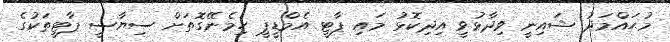
މުޙައްމަދު ޝައިނީ ވިދާޅުވީ އިދިކޮޅު މައި ޕާޓީ އެމްޑީޕީ ހިމެނޭގޮތަށް ސިޔާސީ ޕާޓީތަކުގެ